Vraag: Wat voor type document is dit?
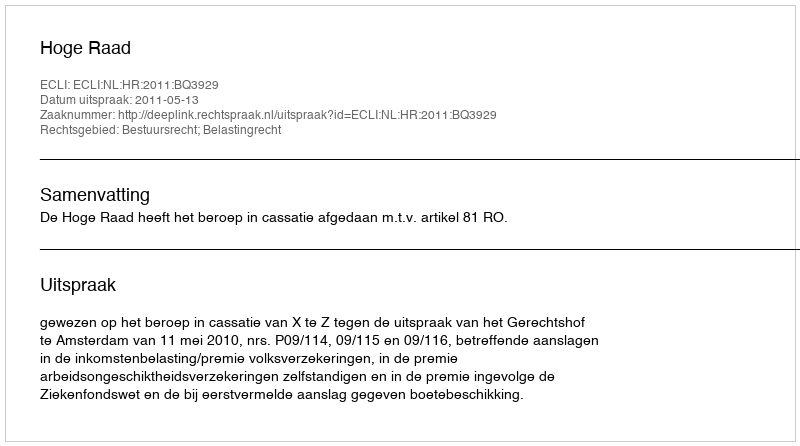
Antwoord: Uitspraak